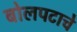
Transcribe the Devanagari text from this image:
बोलपटाचे